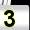
Digit: 3